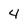
Character: 4